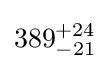
389_{-21}^{+24}